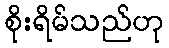
စိုးရိမ်သည်ဟု